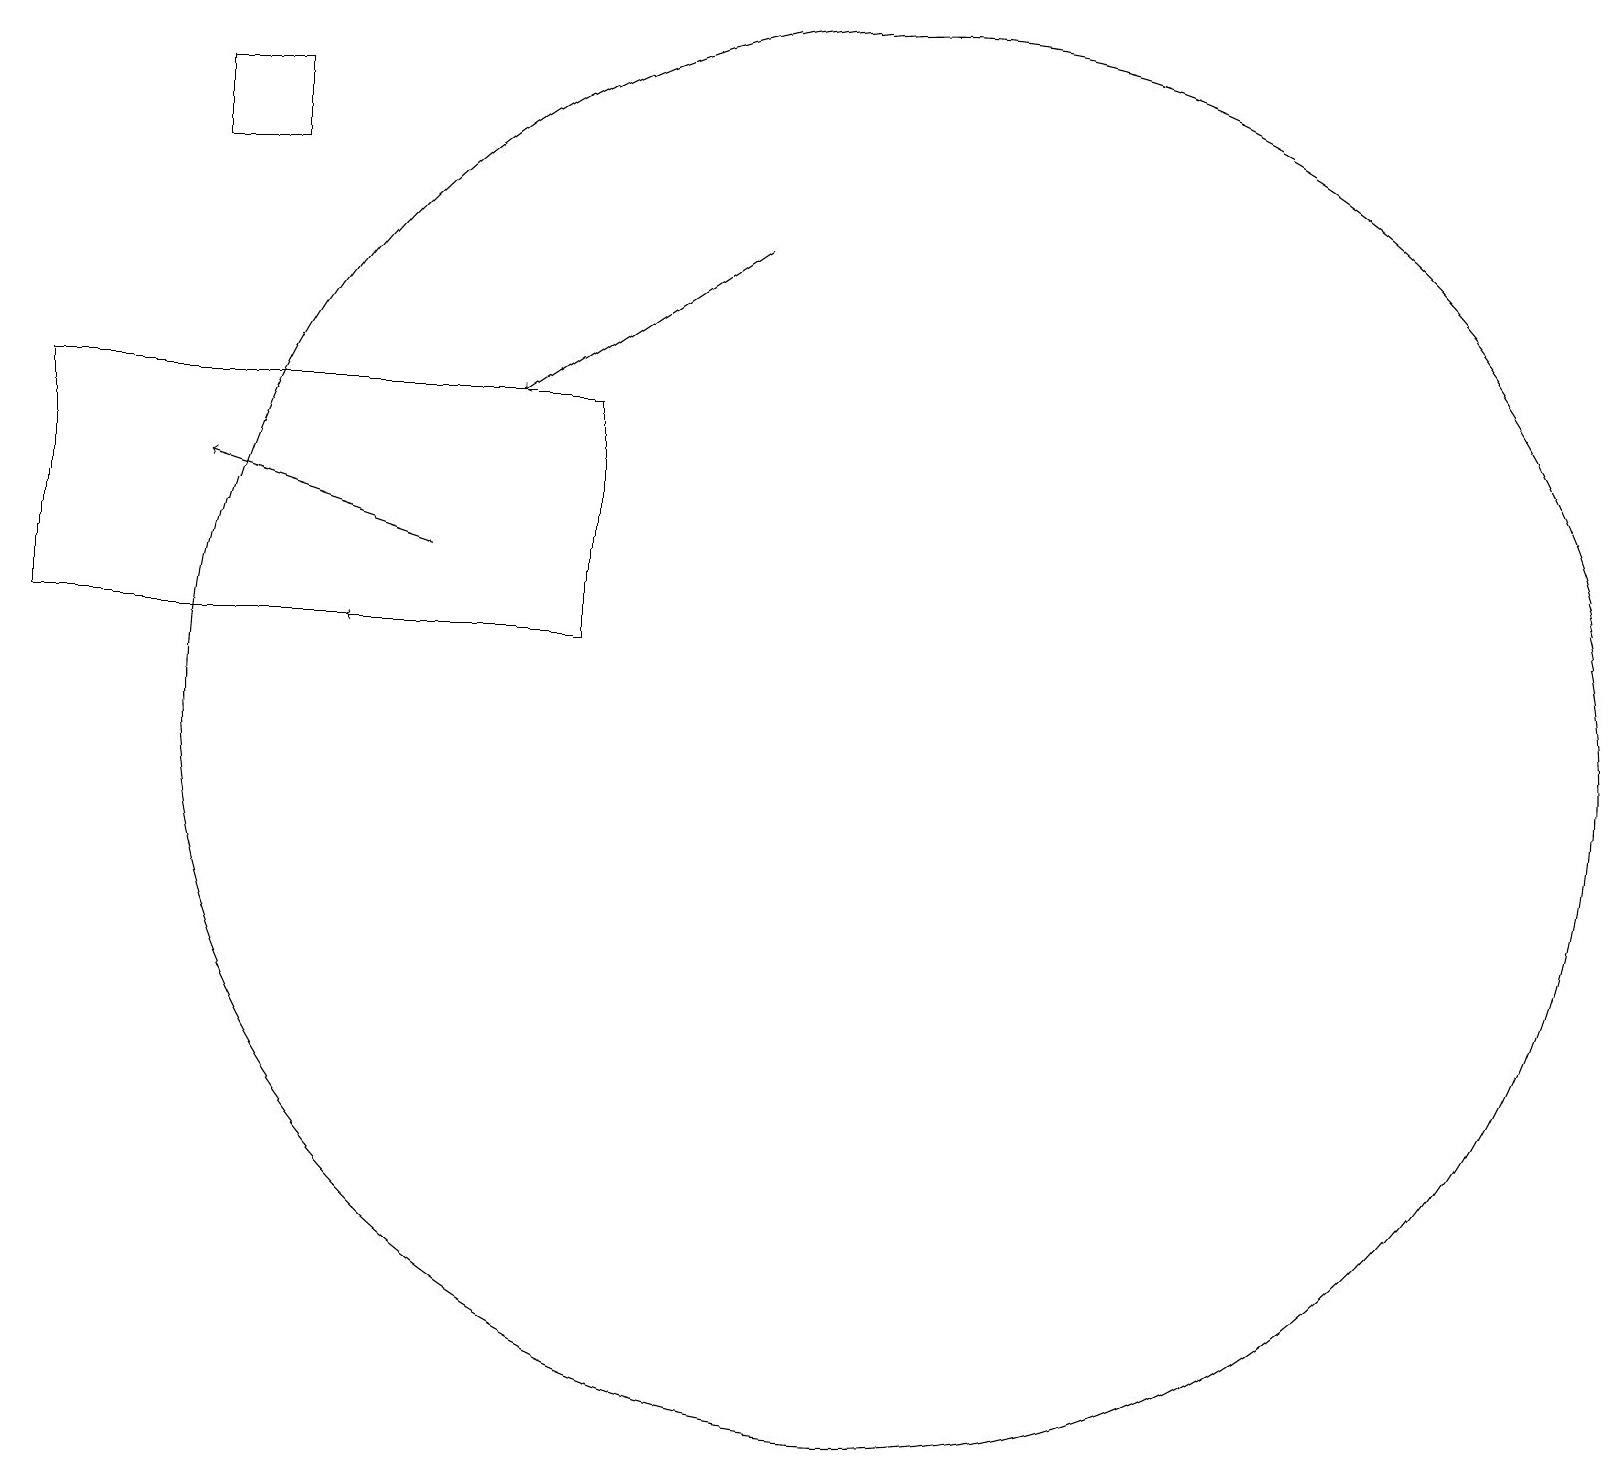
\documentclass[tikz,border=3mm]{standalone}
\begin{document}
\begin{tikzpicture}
\draw[->] (7,11) -- (4,11);
\draw (3,17) rectangle (2,18);
\draw (11,11) circle (0);
\draw[->] (5,12) -- (2,13);
\draw (11,10) circle (9);
\draw[->] (9,16) -- (6,14);
\draw (0,14) rectangle (7,11);
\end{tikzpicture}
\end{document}